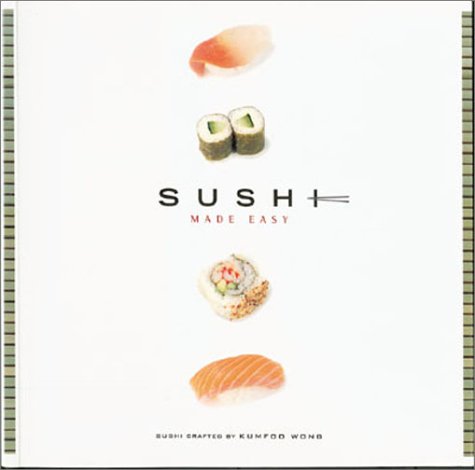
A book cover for Sushi Made Easy; Noel Cottrell; Cookbooks, Food & Wine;